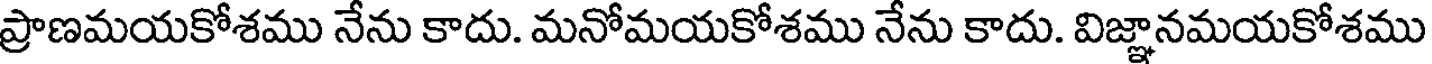
ప్రాణమయకోశము నేను కాదు. మనోమయకోశము నేను కాదు. విజ్ఞానమయకోశము